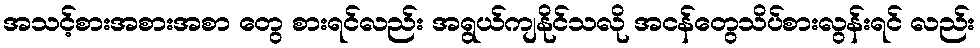
အသင့်စားအစားအစာ တွေ စားရင်လည်း အရွယ်ကျနိုင်သလို အငန်တွေသိပ်စားလွန်းရင် လည်း